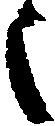
之